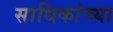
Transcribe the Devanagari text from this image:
साधिकांच्या